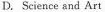
D.Science and Art